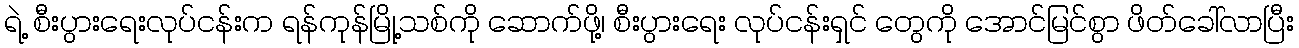
ရဲ့ စီးပွားရေးလုပ်ငန်းက ရန်ကုန်မြို့သစ်ကို ဆောက်ဖို့၊ စီးပွားရေး လုပ်ငန်းရှင် တွေကို အောင်မြင်စွာ ဖိတ်ခေါ်လာပြီး